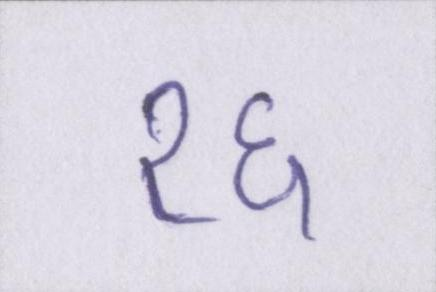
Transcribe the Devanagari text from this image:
१६